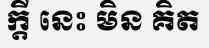
ក្តី នេះ មិន គិត